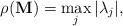
LaTeX: \begin{align*}\rho ({\bf M}) = \max_j | \lambda_j |,\end{align*}